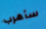
سأهرب